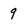
Character: 9